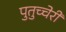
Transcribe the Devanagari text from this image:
पुतुच्चेरी